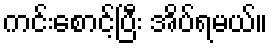
ကင်းစောင့်ပြီး အိပ်ရမယ်။